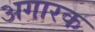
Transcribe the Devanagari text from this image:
अगारक